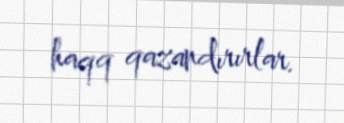
haqq qazandırırlar.